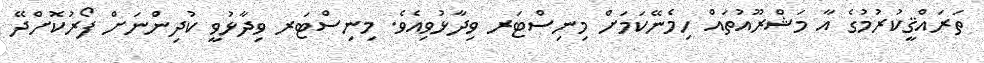
ތަރައްޤީކުރުމުގެ އާ މަޝްރޫއުތައް ހިމެނޭކަމަށް މިނިސްޓަރ ވިދާޅުވިއެވެ. މިނިސްޓަރ ވިދާޅުވީ ކުދިންނަށް ފޯރުކޮށްދޭ